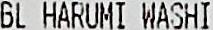
GL HARUMI WASHI